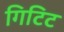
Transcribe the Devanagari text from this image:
गिटिट